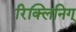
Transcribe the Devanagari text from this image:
रिक्लिनिग्